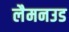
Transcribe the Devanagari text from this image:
लैमनउड